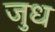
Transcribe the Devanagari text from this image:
जुध